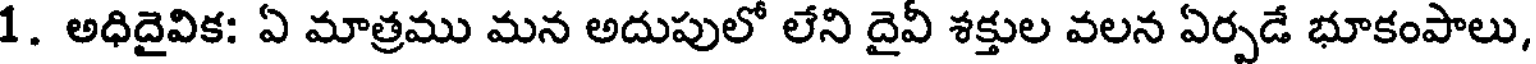
1. అధిదైవిక: ఏ మాత్రము మన అదుపులో లేని దైవీ శక్తుల వలన ఏర్పడే భూకంపాలు